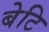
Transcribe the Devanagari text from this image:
बेटि